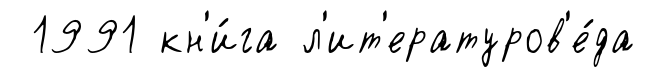
1991 кн'и́га л'ит'ературов'е́да